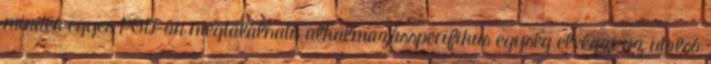
minden egyes POD-on megtalálható alkalmazásspecifikus egység elvégzi az utolsó